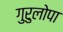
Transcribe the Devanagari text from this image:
गुरुलोपा